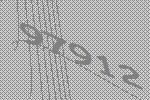
97912